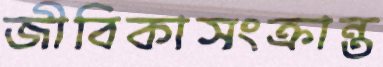
জীবিকাসংক্রান্ত